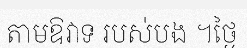
តាមឱវាទ របស់បង ។ថ្ងៃ